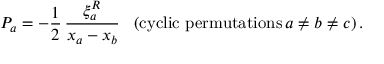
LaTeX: { \cal P } _ { a } = - \frac { 1 } { 2 } \, \frac { \xi _ { a } ^ { R } } { x _ { a } - x _ { b } } \, \, \, \, \, ( \mathrm { c y c l i c ~ p e r m u t a t i o n s } \, a \not = b \not = c ) \, .